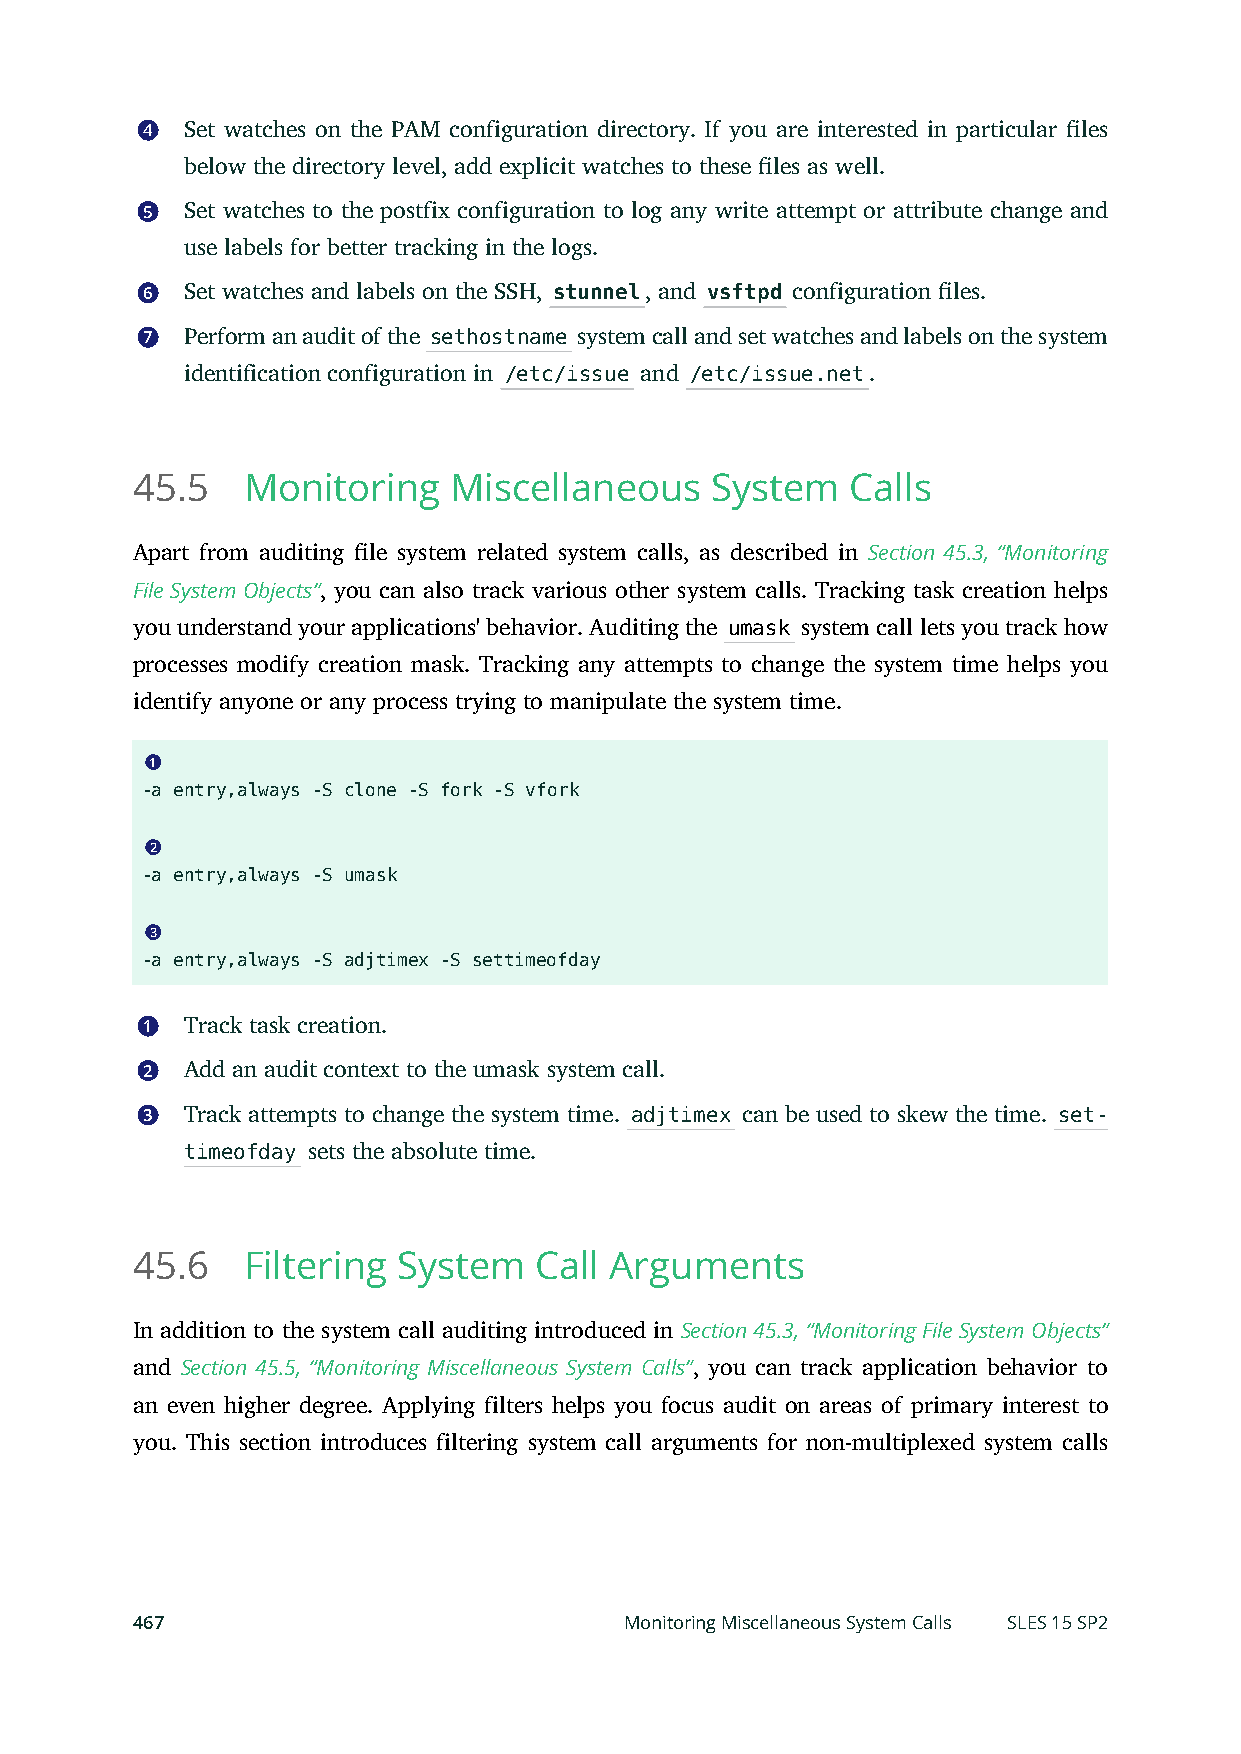
4  Set watches on the PAM configuration directory. If you are interested in particular les
 below the directory level, add explicit watches to these les as well.
 5  Set watches to the postfix configuration to log any write attempt or attribute change and
 use labels for better tracking in the logs.
 6  Set watches and labels on the SSH, stunnel, and vsftpd configuration les.
 7  Perform an audit of the sethostname system call and set watches and labels on the system
 identification configuration in /etc/issue and /etc/issue.net.
 45.5   Monitoring    Miscellaneous    System   Calls
 Apart from auditing le system related system calls, as described in Section 45.3, “Monitoring
 File System Objects”, you can also track various other system calls. Tracking task creation helps
 you understand your applications' behavior. Auditing the umask system call lets you track how
 processes modify creation mask. Tracking any attempts to change the system time helps you
 identify anyone or any process trying to manipulate the system time.
 1
 -a entry,always -S clone -S fork -S vfork
 2
 -a entry,always -S umask
 3
 -a entry,always -S adjtimex -S settimeofday
 1  Track task creation.
 2  Add an audit context to the umask system call.
 3  Track attempts to change the system time. adjtimex can be used to skew the time. set-
 timeofday sets the absolute time.
 45.6   Filtering System   Call Arguments
 In addition to the system call auditing introduced in Section 45.3, “Monitoring File System Objects”
 and Section 45.5, “Monitoring Miscellaneous System Calls”, you can track application behavior to
 an even higher degree. Applying filters helps you focus audit on areas of primary interest to
 you. This section introduces filtering system call arguments for non-multiplexed system calls
 467                             Monitoring Miscellaneous System Calls SLES 15 SP2